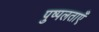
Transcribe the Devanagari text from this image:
पुष्पलताएँ